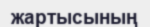
жартысының